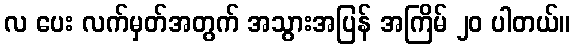
လ ပေး လက်မှတ်အတွက် အသွားအပြန် အကြိမ် ၂၀ ပါတယ်။